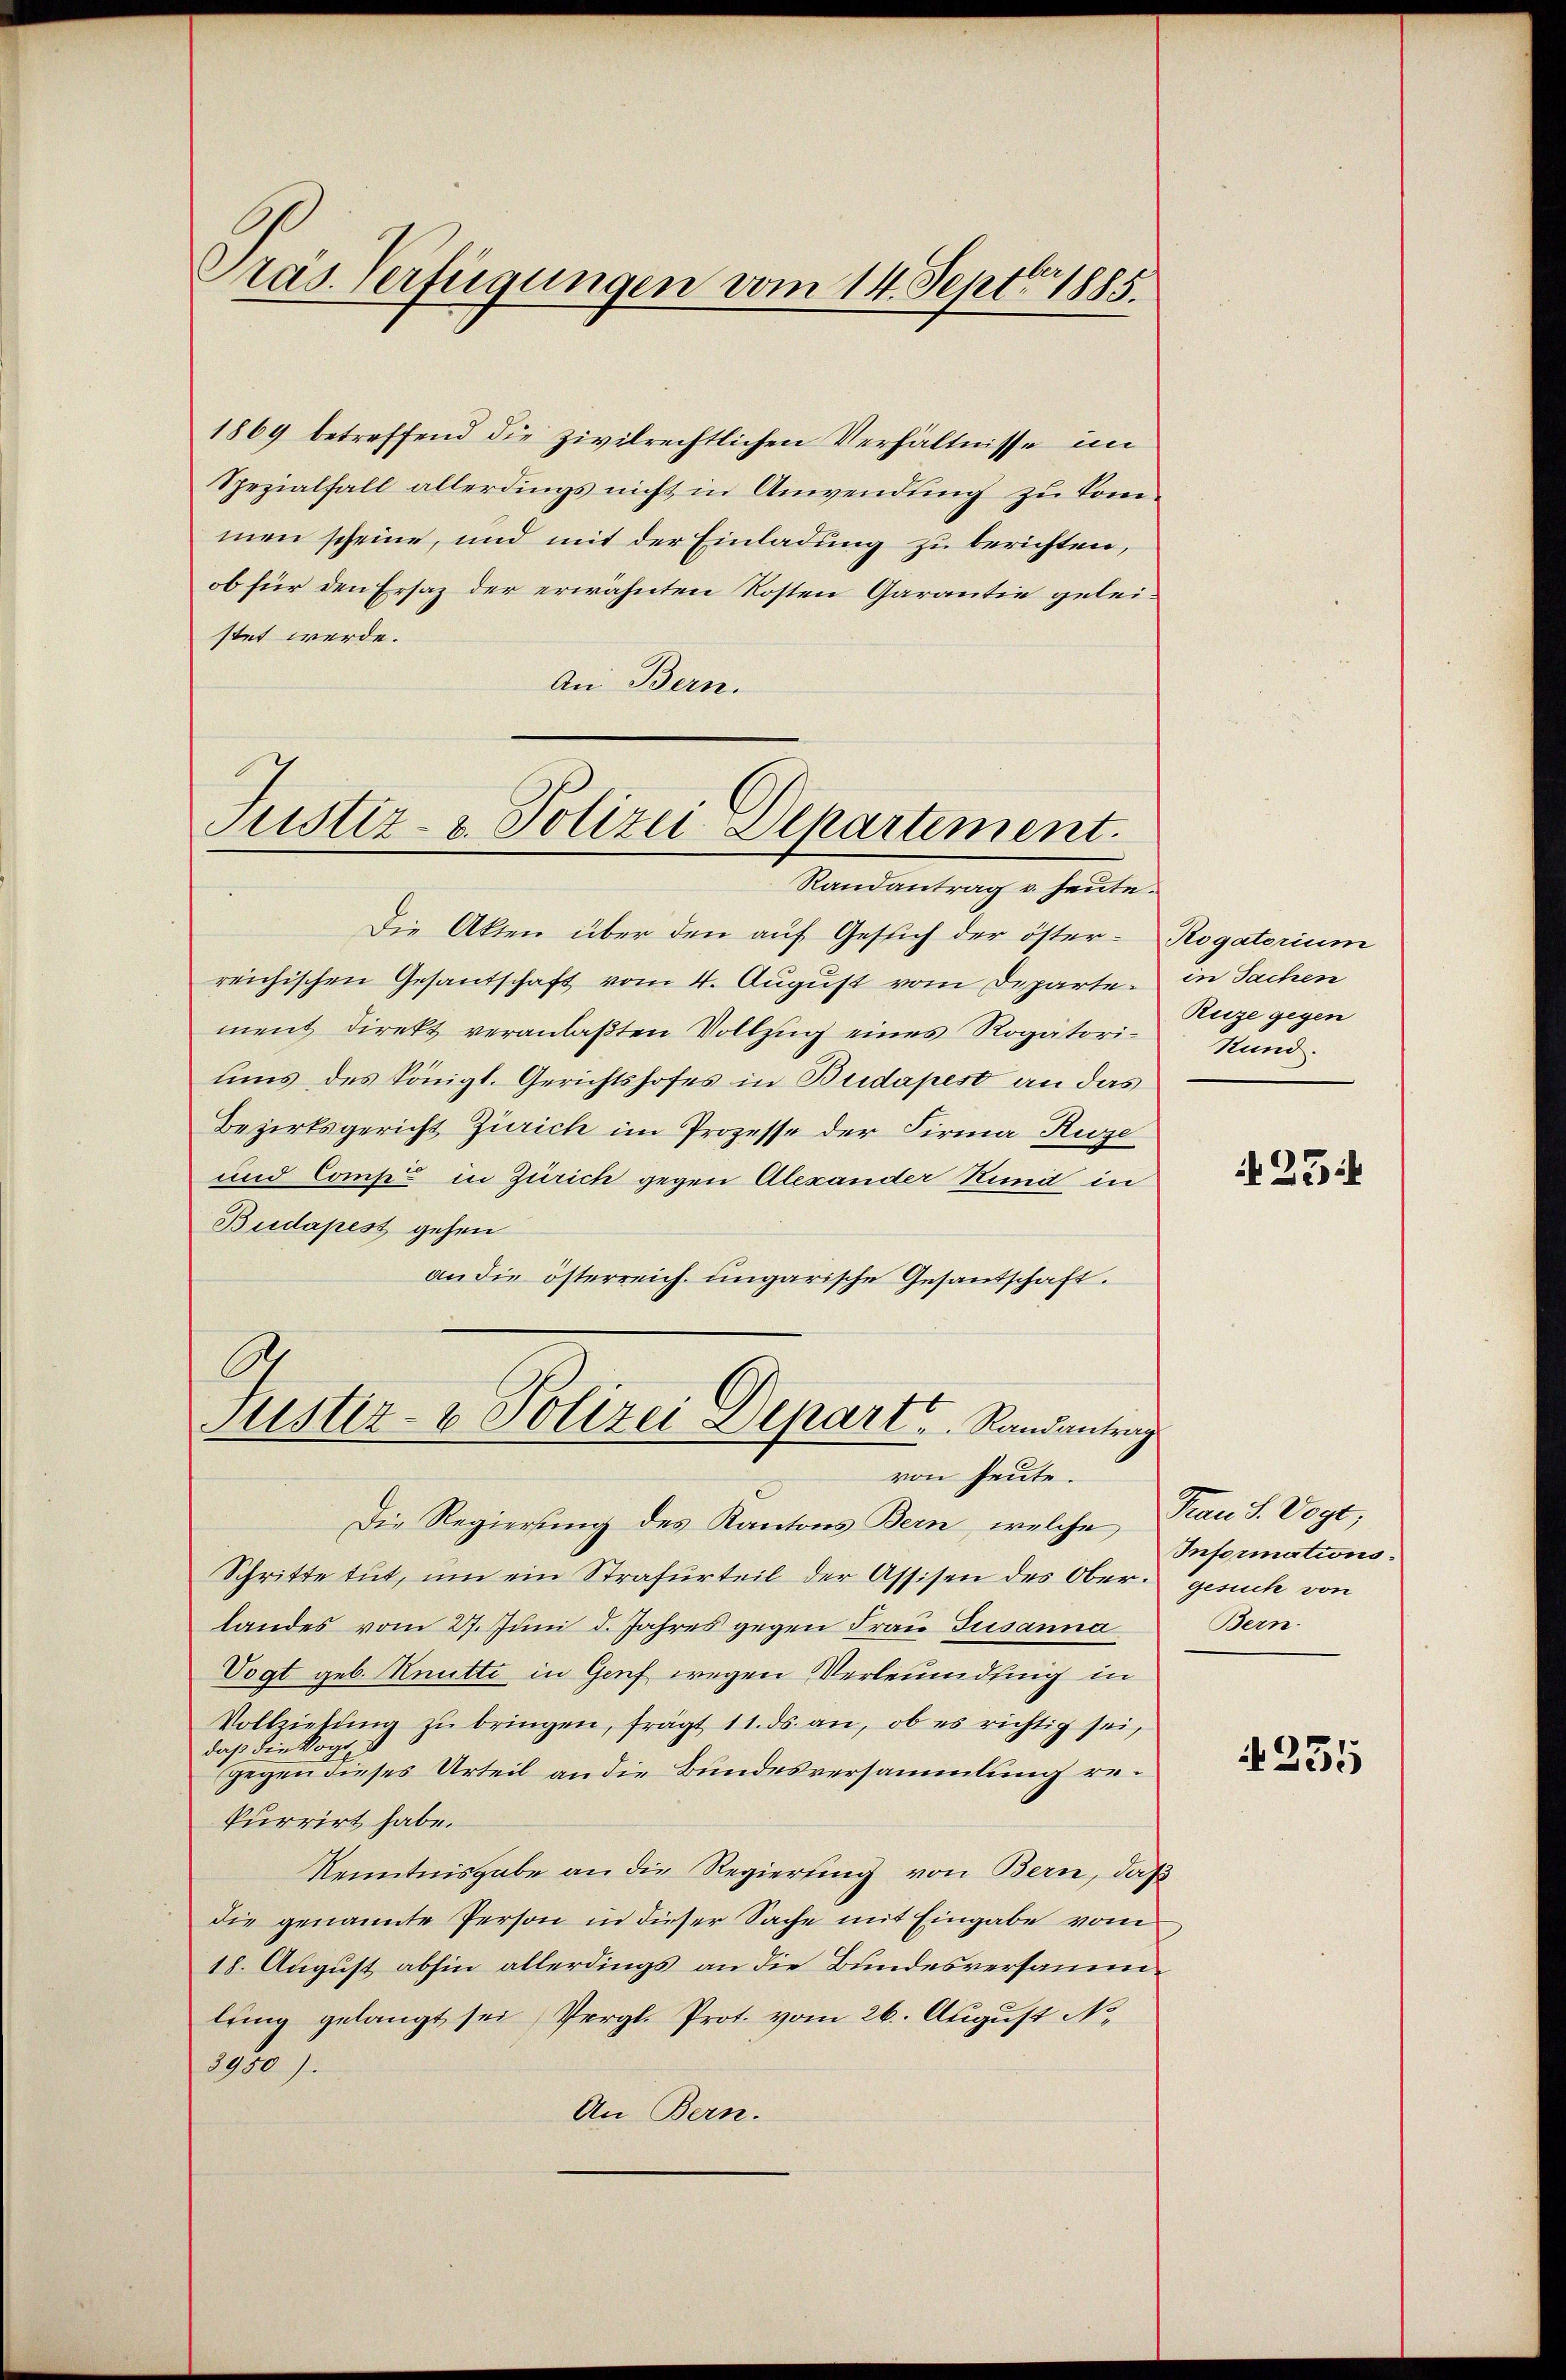
Präs. Verfügungen vom 14. Sept. 1885.

1869 betreffend die zivilrechtlichen Verhältnisse im
Spezialfall allerdings nicht in Anwendung zu kommen scheine, und mit der Einladung zu berichten,
ob für den Ersaz der erwähnten Kosten Garantie geleistet werde.
An Bern.
Justiz- & Polizei-Departement.

Randantrag v. heute.
Die Akten über den auf Gesuch der öster- Rogatorium
reichischen Gesandschaft vom 4. August vom Departe in Sachen
ment direkt veranlaßten Vollzug eines Rogatori-Kuze gegen
ums des Königl. Gerichtshofes in Budapest an das
Bezirksgericht Zürich im Prozesse der Firma Kuze
und Comp. in Zürich gegen Alexander Stund in
Budapest gehen
an die österreich. ungarische Gesandschaft.
Die Regierung des Kantons Bern, welche Frau S. Vogt,
Schritte tut, um ein Strafurteil der Assisen des Ober- Gesuch von
landes vom 27. Juni d. Jahres gegen Frau Susanna
Vogt geb. Knutti in Genf wegen Verleumdung in
Vollziehŭng zŭ bringen, frägt 11. ds. an, ob es richtig sei,
daß die Vogt, s
gegen dieses Urteil an die Bundesversammlung rekurrirt habe.
Kenntnisgabe an die Regierung von Bern, daß
die genannte Person in dieser Sache mit Eingabe vom
18. August abhin allerdings an die Bundesversammlung gelangt sei, Vergl. Prot. vom 26. August No.
3950).
An Bern.

C
Justiz- & Polizei Depart u. Randantrag
von heute.

Stund.

23:

Informations¬
Bern.

231